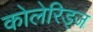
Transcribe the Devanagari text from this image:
कोलेरिड्ज